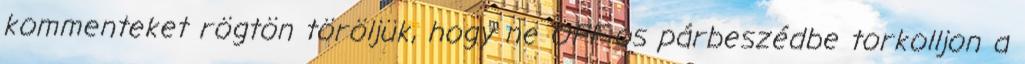
kommenteket rögtön töröljük, hogy ne OFF-os párbeszédbe torkolljon a